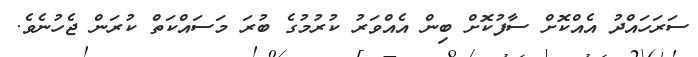
ސަރަހައްދު އެެއްކޮށް ސާފުކޮށް ބިން އެއްވަރު ކުރުމުގެ ބުރަ މަސައްކަތް ކުރަން ޖެހުނެވެ.